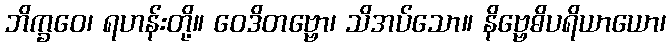
ဘိက္ခဝေ၊ ရဟန်းတို့။ ဝေဒိတဗ္ဗော၊ သိအပ်သော။ နိဗ္ဗေဓိပရိယာယော၊